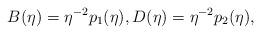
LaTeX: \begin{align*} B^{}(\eta)=\eta^{-2}p_1(\eta), D^{}(\eta)=\eta^{-2}p_2(\eta), \end{align*}